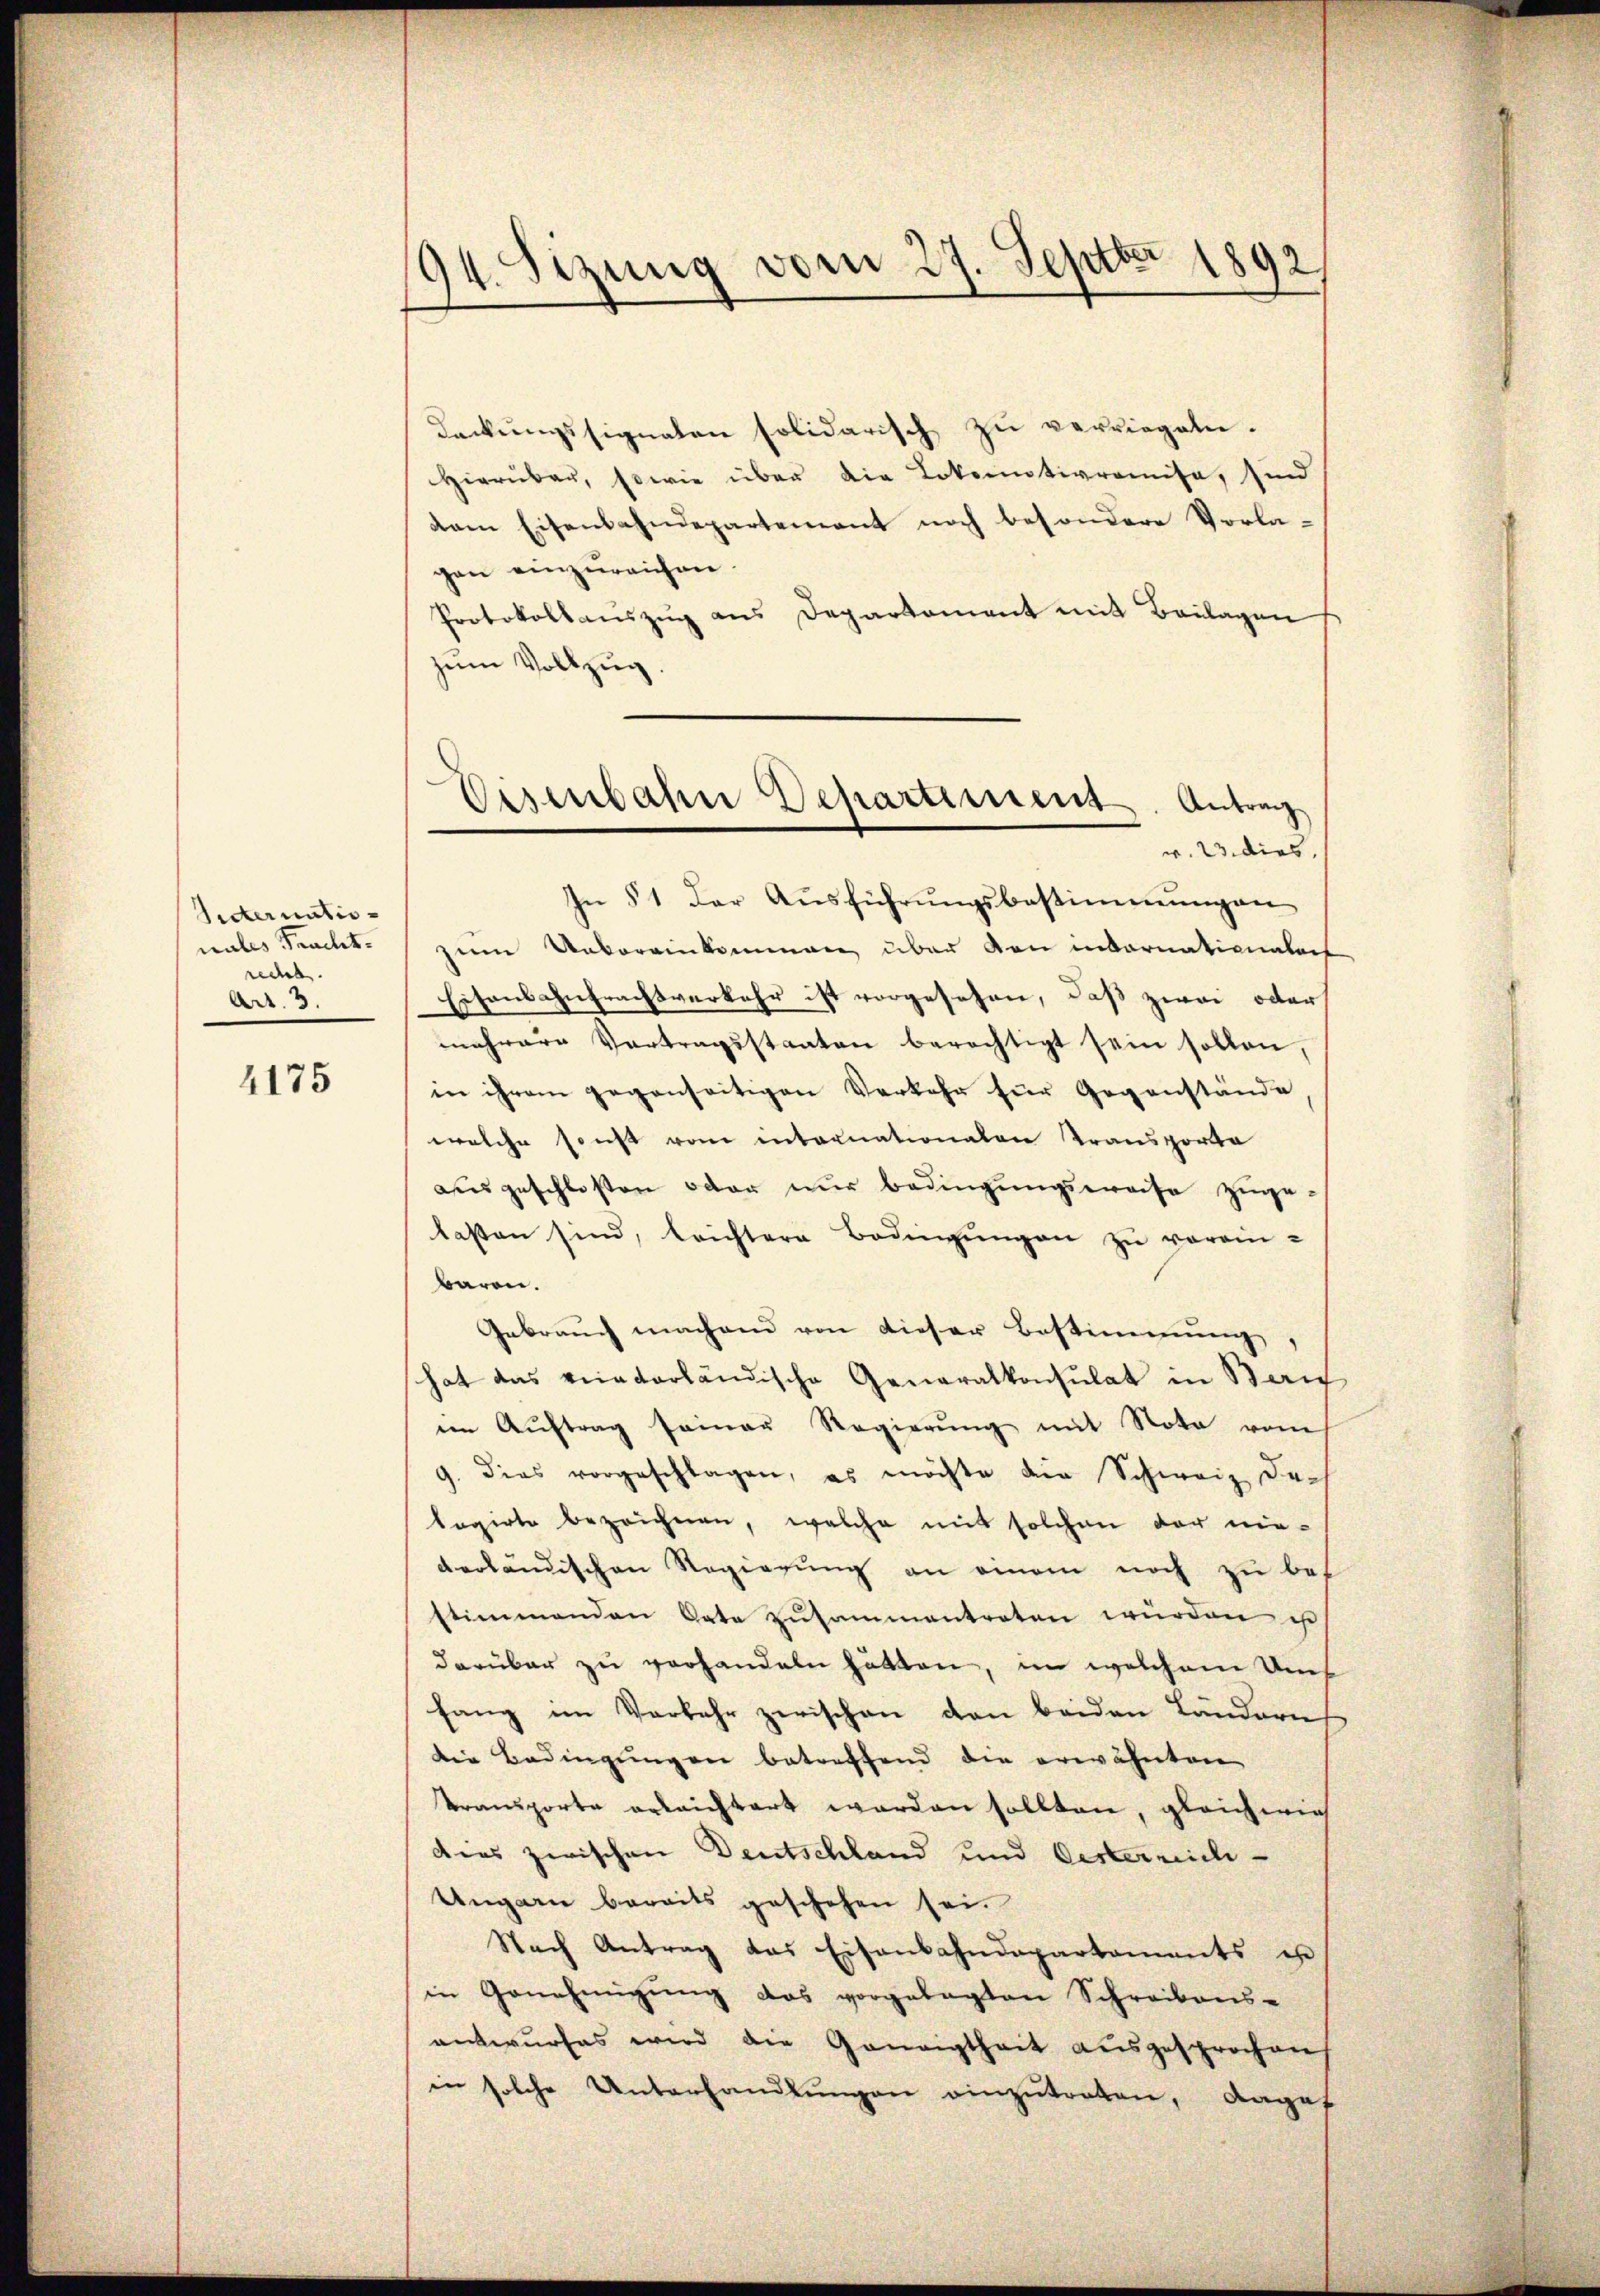
Sitternationales Fracht.
recht.
Art. 3.

4175

94. Sizung vom 27. Septbr 1892

deckŭngssignaten solidarisch zŭ verriegeln.
Hierüber, sowie über die Lokomotivromise, sind
dem Eisenbahndepartement noch besondere Vorla-
gen einzureichen
Protokollaŭszŭg ans Departament mit Beilagen
zum Vollzug.
In § 1 der Aŭsführŭngsbestimmungen
zum Uebereinkommen über den internationalen
Eisenbahntrachtverkehr ist vorgesehen, daß zwei oder
mehrere Vertragsstaaten berechtigt sein sollen,
in ihrem gegenseitigen Verkehr für Gegenstände
welche sonst vom internationalen Transporte
ausgeschlosen oder nur bedingungsweise zuge-
lasten sind, leichtere Bedingŭngen zu vorein-
baren.
Gebrauch machend von dieser Bestimmung
hat das viceaterländische Generalkonsulat in Beric
im Aŭftrag seiner Regierŭng mit Nota vom
9. dies vorgeschlagen, es möchte die Schweiz da-
legirte bezeichnen, welche mit solchen der nieverländischen Regierung an einem noch zu bes
stimmenden Orte zŭsammentreten würden ist
darüber zu verhandeln hätten, im welchem Un
fang im Verkehr zwischen den beiden Ländern
die Bedingungen betreffend die erwähnten
Transporte geleichtert werden sollten, gleichwie
dies zwischen Deutschland und Oesterrich.
Ungarn bereits geschehen sei.
Nach Antrag das Eisenbahndepartaments er
in Genehmigŭng das vorgelegten Schreibens-
antwurfes wird die Geneigtheit aŭsgesprochen
in solche Unterhandlŭngen einzŭtreten, Angef

Eisenbahn Departiment. Antrag
v. 23. dies